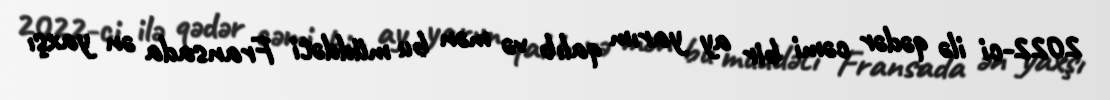
2022-ci ilə qədər cəmi bir ay yarım qalıb və mən bu müddəti Fransada ən yaxşı